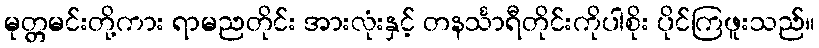
မုတ္တမင်းတို့ကား ရာမညတိုင်း အားလုံးနှင့် တနင်္သာရီတိုင်းကိုပါစိုး ပိုင်ကြဖူးသည်။